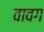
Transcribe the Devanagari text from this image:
वावग